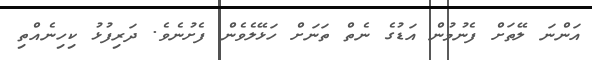
އަންނަ ލޭތަށް ފެނުމުން އަޑުގެ ނެތް ތަނަށް ހަޅޭލެވެން ފެށުނެވެ. ދަރިފުޅު ކިހިނެއްތި